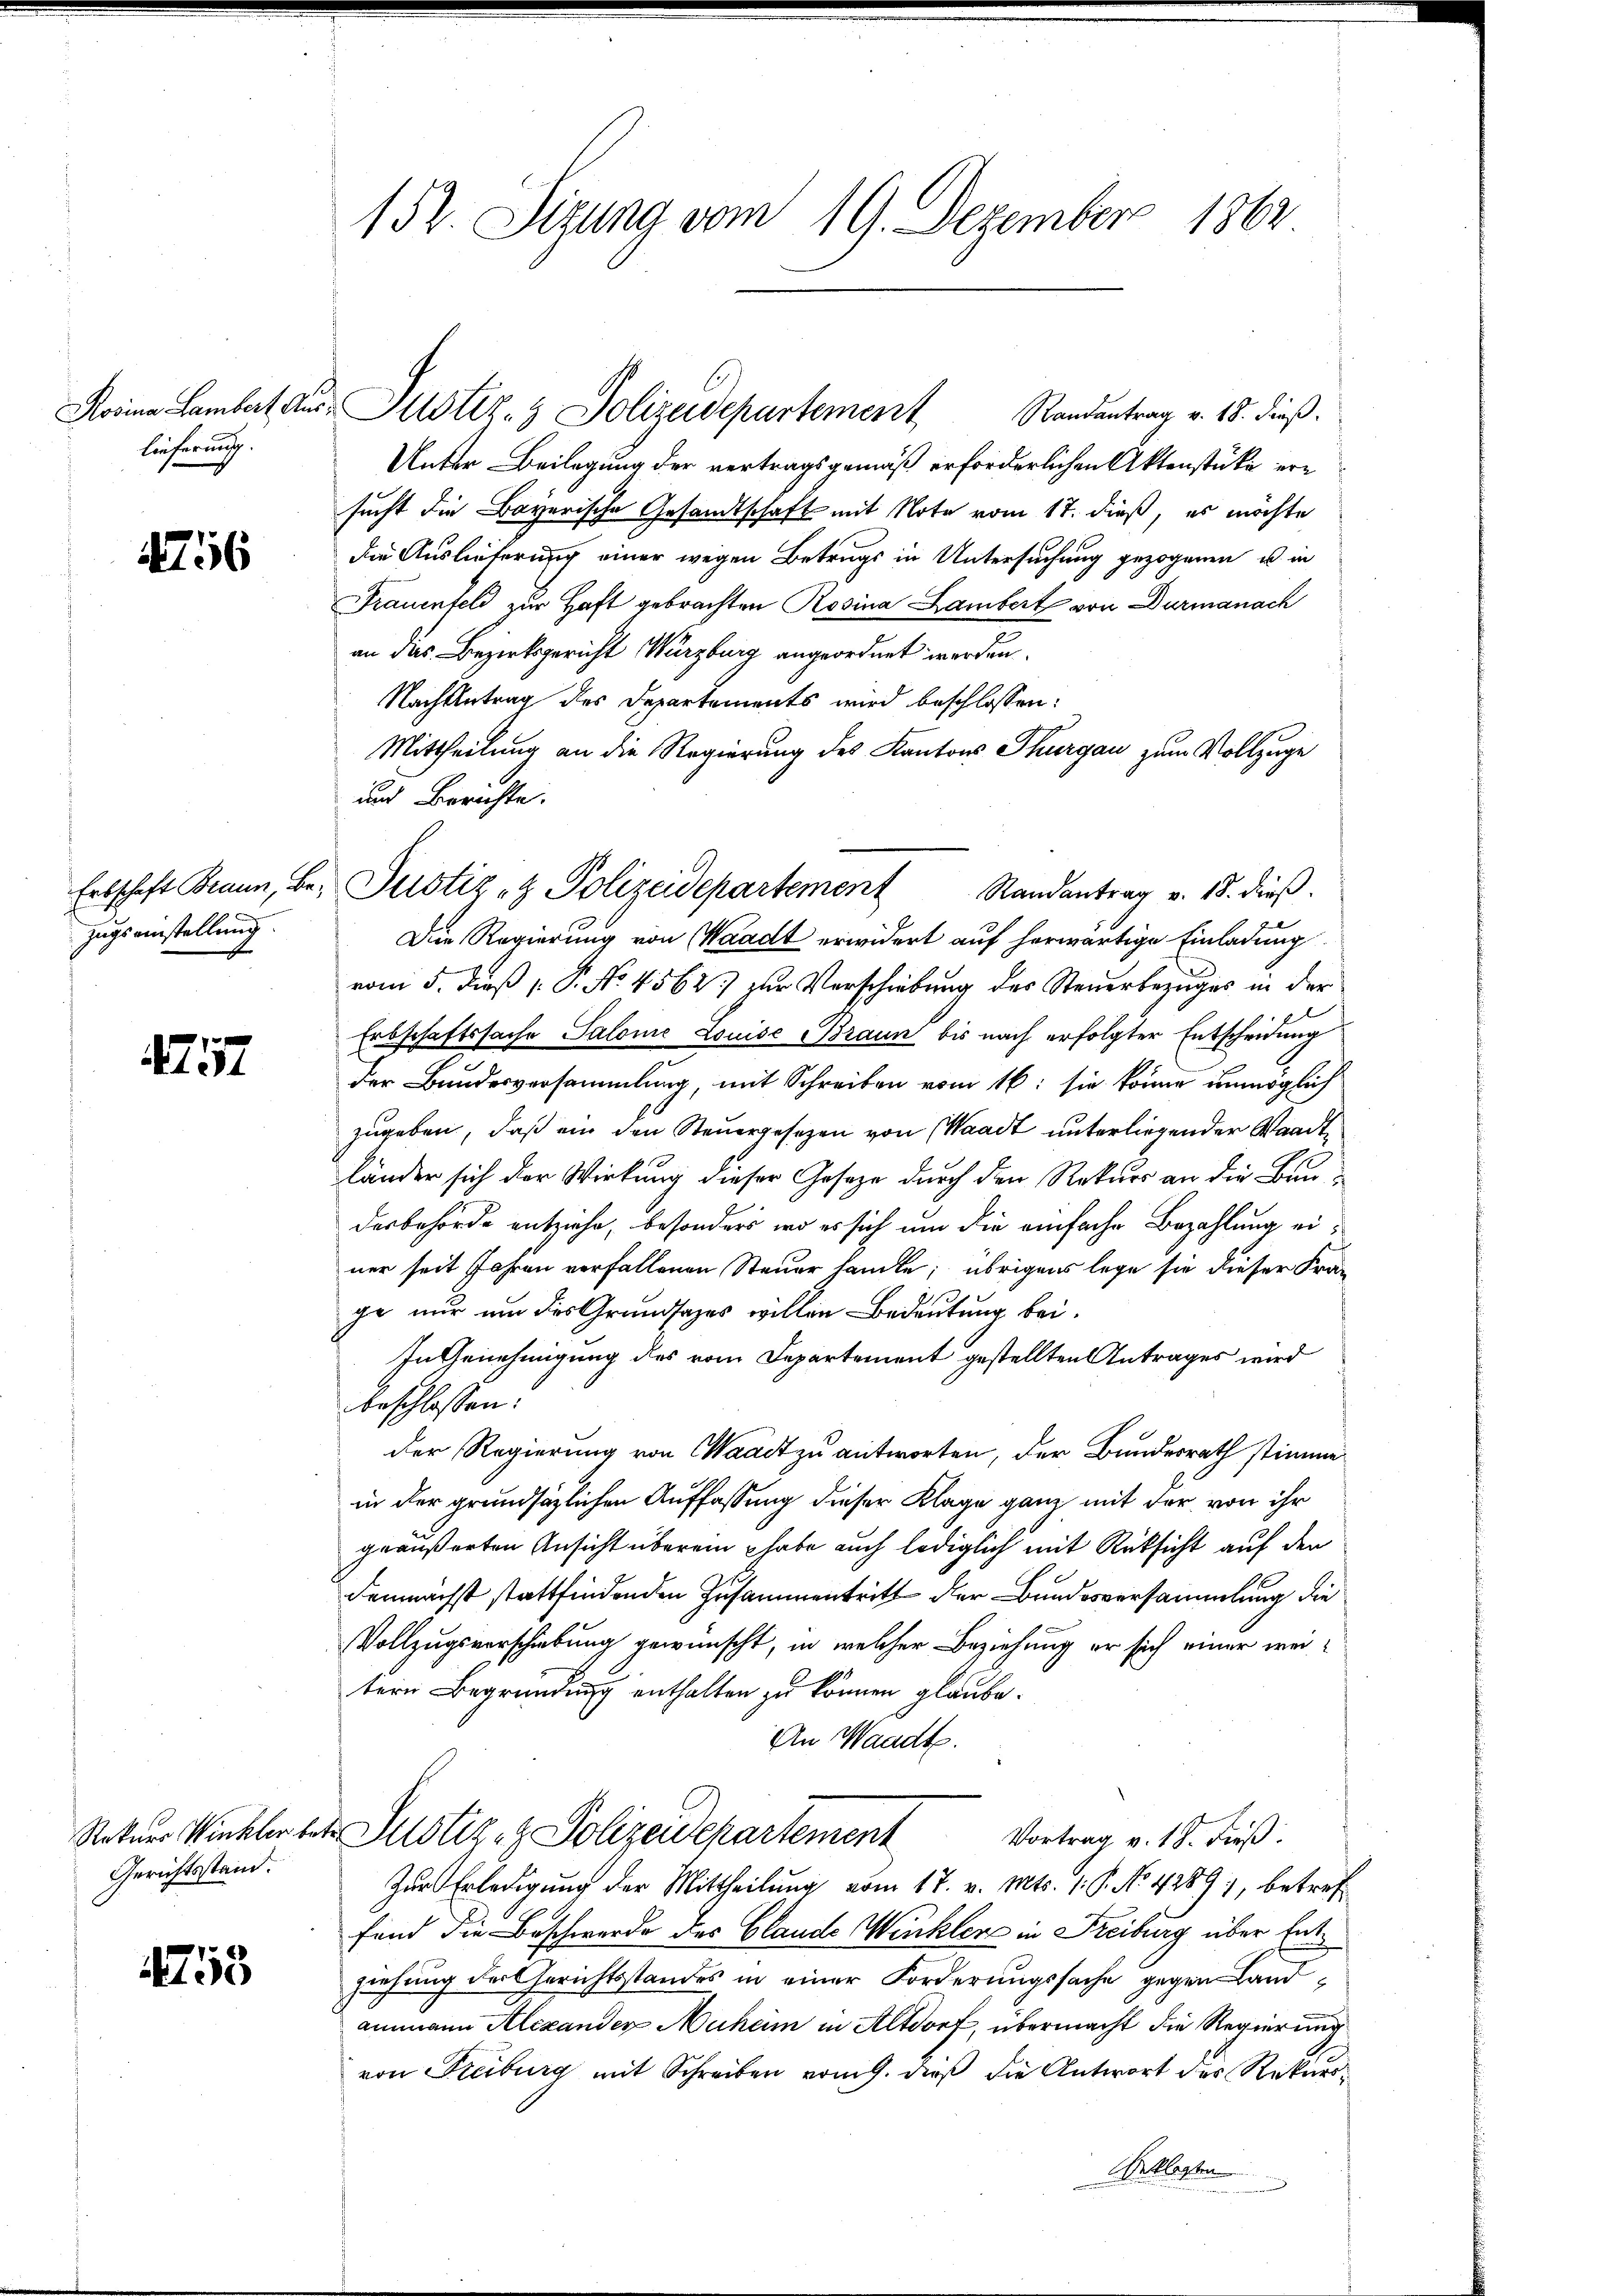
Rosina Lambert Auslieferung.

4756

Erbschaft Braun, Be¬
Zugs einstellung.

257

Gerichtsstand.

4758

152. Sizung vom 19. Dezember 1862

Unter Beilegung der vertragsgemäß erforderlichen Aktenstücke ersucht die Bayerische Gesandtschaft mit Note vom 17. dieß, es möchte
die Auslieferung einer wegen Betrugs in Untersuchung gezogenen u. in
Frauenfeld zur Haft gebrachten Rosina Lambert von Durmanach
an das Bezirksgericht Würzburg angeordnet werden.
Nachbetrag des Departements wird beschlossen:
Mittheilung an die Regierung des Kantons Thurgau zum Vollzuge
und Berichte.
Randantrag v. 18. dieß.
g
Die Regierung von Waadt erwidert auf herwärtige Einladung
vom 5. dieß P. No. 4562) zur Verschiebung des Steuerbezuges in der
Erbschaftssache Salome Louise Braun bis nach erfolgter Entscheidung
der Bundesversammlung, mit Schreiben vom 16. sie könne unmöglich
zugeben, daß ein den Steuergesezen von Waadt unterliegender Waadt
länder sich der Wirkung dieser Gesetze durch den Rekurs an die Baudesbehörde entziehe, besonders, wo es sich um die einfache Bezahlung einer seit Jahren verfallenen Steuer heute; übrigens lege sie dieser Fra-
ge nur um des Grundsatzes willen Bedeutung bei.
In Genehmigung des vom Departement gestellten Antrages wird
beschlossen:
der Regierung von Waadt zu antworten, der Bundesrath stimme
in der grundsätzlichen Auffassung dieser Klage ganz mit der von ihr
geäußerten Ansicht überein habe auch lediglich mit Rücksicht auf den
demnächst stattfindenden Zusammentritt der Bundesversammlung die
Vollzugsverschiebung gewünscht, in welcher Beziehung er sich einer weitern Begründung enthalten zu können glaube.
An Waadt.
Natur Winkler betr. Justiz- & Polizeidepartement Vortrag v. 18. dieß:
Zur Erledigung der Mittheilung vom 17. v. Mts. 1. P. No. 4289), betreffind die Beschwerde des Glande Winkler in Freiburg über Entziehung der Gerichtsstandes in einer Forderungssache gegen Landammann Alexander Muheim in Altdorf, übermacht die Regierung
von Freiburg mit Schreiben vom 9. dieß die Antwort des Rekurseklagten

Justiz- & Polizeidepartement Randantrag v. 18. dieß.

Justiz- & Polizeidepartement